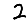
Digit: 2